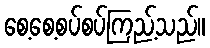
စေ့စေ့စပ်စပ်ကြည့်သည်။